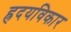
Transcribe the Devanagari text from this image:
ह्रदयविकार